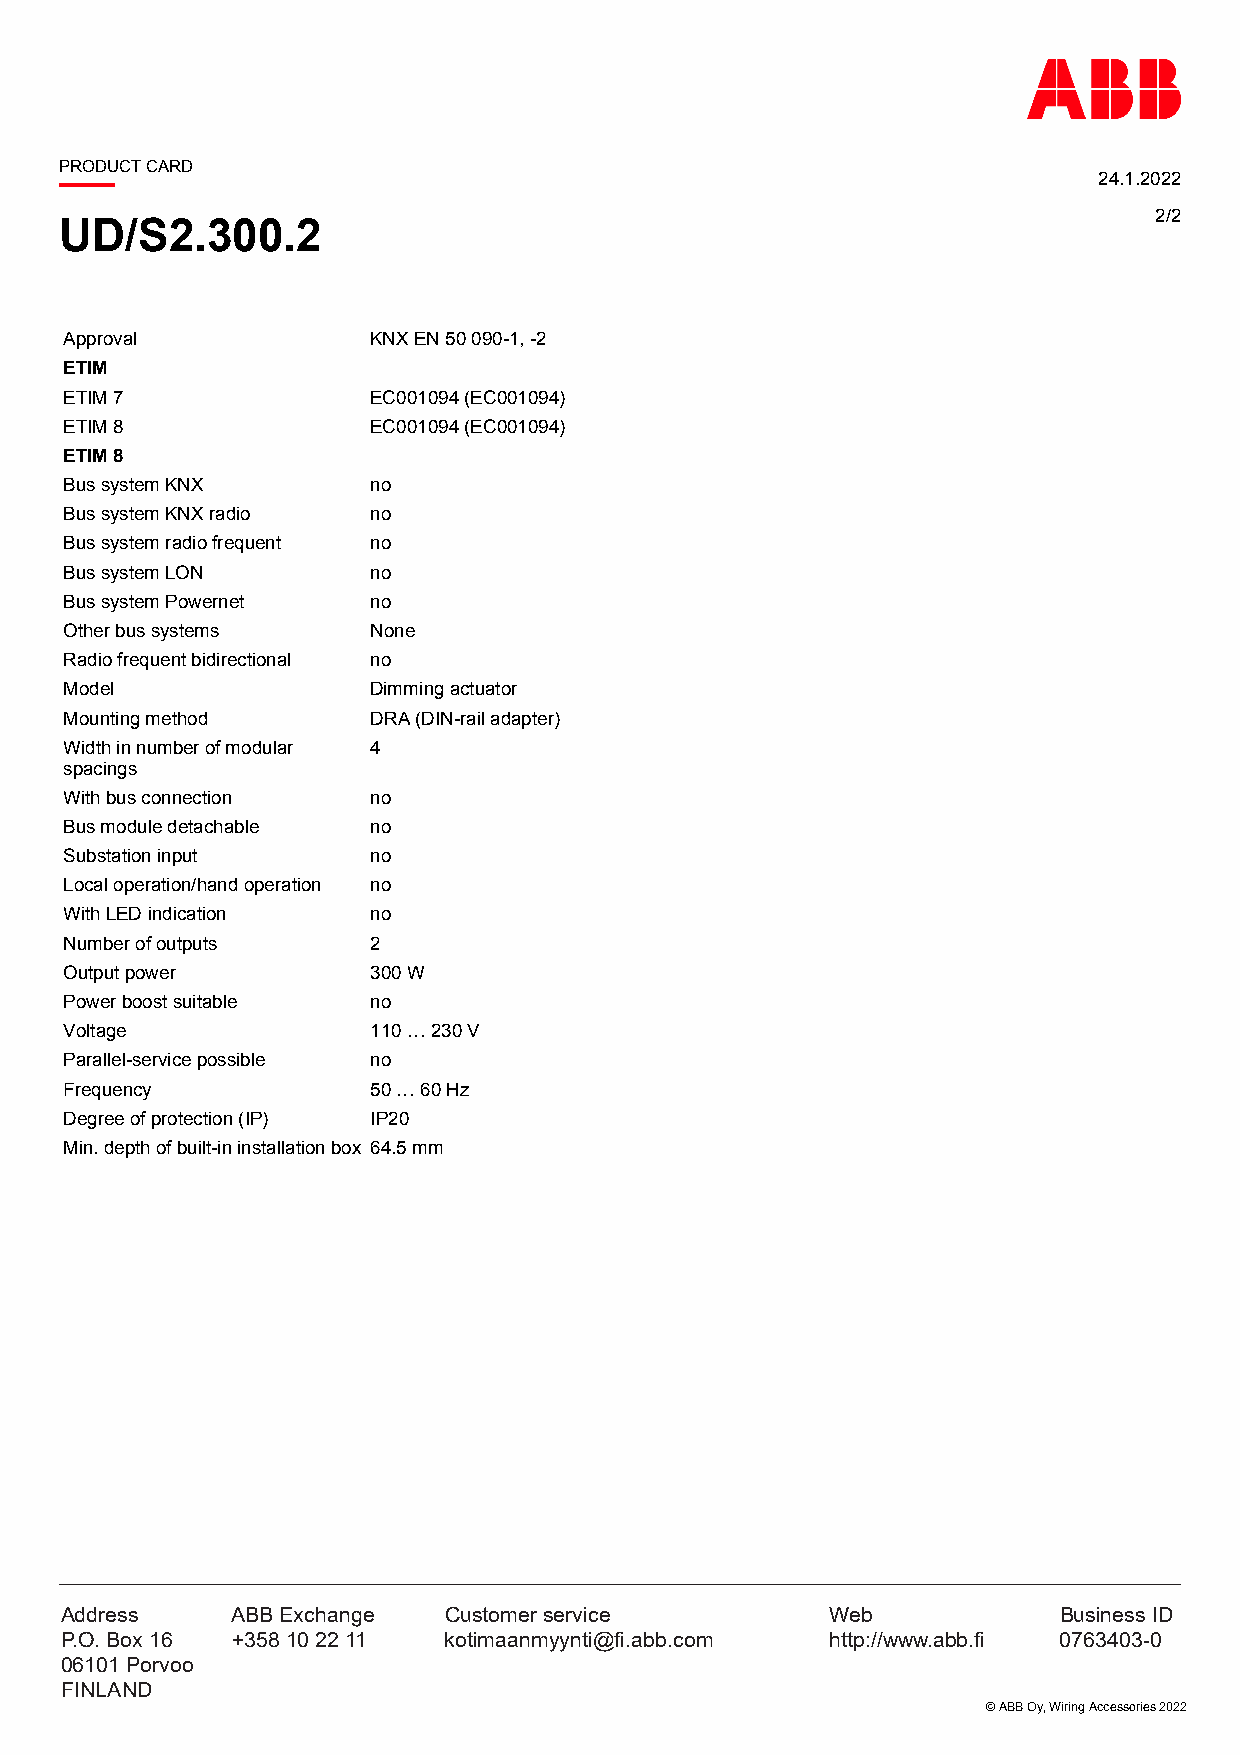
PRODUCT CARD
 24.1.2022
 2/2
 UD/S2.300.2
 AApppprroovvaall     KKNNXX EENN 5500 009900--11,, --22
 ETIM
 ETIM 7               EC001094 (EC001094)
 ETIM 8               EC001094 (EC001094)
 ETIM 8
 Bus system KNX       no
 Bus system KNX radio no
 Bus system radio frequent no
 Bus system LON       no
 Bus system Powernet  no
 Other bus systems    None
 Radio frequent bidirectional no
 Model                Dimming actuator
 Mounting method      DRA (DIN-rail adapter)
 Width in number of modular 4
 spacings
 With bus connection  no
 Bus module detachable no
 Substation input     no
 Local operation/hand operation no
 With LED indication  no
 Number of outputs    2
 Output power         300 W
 Power boost suitable no
 Voltage              110 … 230 V
 Parallel-service possible no
 Frequency            50 … 60 Hz
 Degree of protection (IP) IP20
 Min. depth of built-in installation box 64.5 mm
 Address    ABB Exchange  Customer service          Web            Business ID
 P.O. Box 16 +358 10 22 11 kotimaanmyynti@fi.abb.com http://www.abb.fi 0763403-0
 06101 Porvoo
 FINLAND
 © ABB Oy, Wiring Accessories 2022